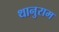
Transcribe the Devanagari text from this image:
थानुराम